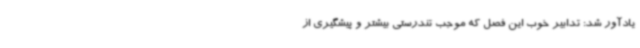
یادآور شد: تدابیر خوب این فصل که موجب تندرستی بیشتر و پیشگیری از